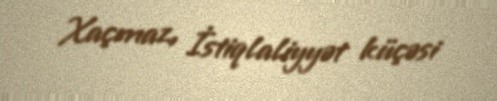
Xaçmaz, İstiqlaliyyət küçəsi